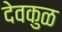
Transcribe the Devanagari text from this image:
देवकुळ